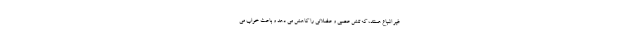
غیر اشباع هستند، که تنش عصبی و عضلانی را کاهش می دهد و باعث خواب می